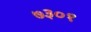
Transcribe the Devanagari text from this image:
७३०१